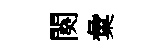
闋彙